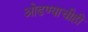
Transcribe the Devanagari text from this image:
ओढण्याचीही